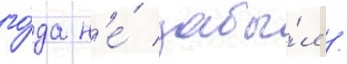
го́да н'е́ забы́л /